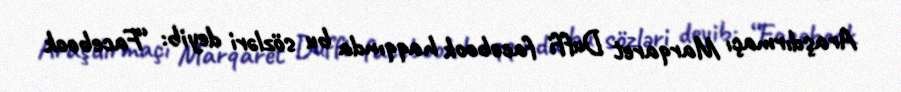
Araşdırmaçı Marqaret Duffi facebook haqqında bu sözləri deyib: “Facebook